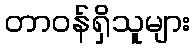
တာဝန်ရှိသူများ